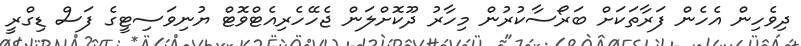
ދިވެހިން އެހެން ފަރާތަކަށް ބަރޯސާކުރުން މިހާރު ދޫކޮށްލަން ޖެހޭހެރިއެޓްވޮޓް ޔުނިވަސިޓީގެ ފަސް ޑިގްރީ